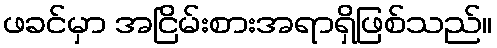
ဖခင်မှာ အငြိမ်းစားအရာရှိဖြစ်သည်။